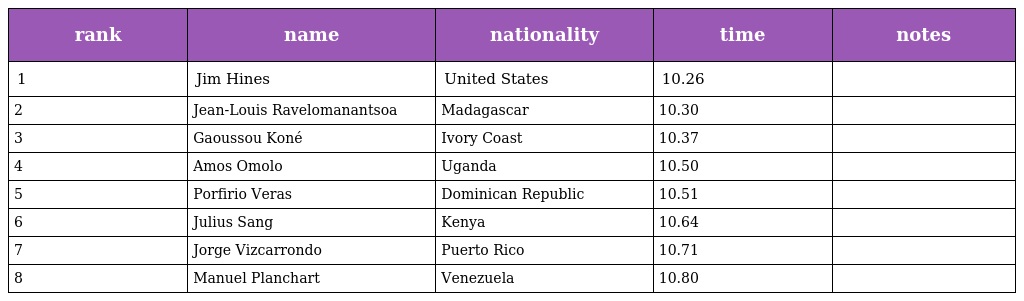
| rank | name | nationality | time | notes |
 | --- | --- | --- | --- | --- |
 | 1 | Jim Hines | United States | 10.26 |  |
 | 2 | Jean-Louis Ravelomanantsoa | Madagascar | 10.30 |  |
 | 3 | Gaoussou Koné | Ivory Coast | 10.37 |  |
 | 4 | Amos Omolo | Uganda | 10.50 |  |
 | 5 | Porfirio Veras | Dominican Republic | 10.51 |  |
 | 6 | Julius Sang | Kenya | 10.64 |  |
 | 7 | Jorge Vizcarrondo | Puerto Rico | 10.71 |  |
 | 8 | Manuel Planchart | Venezuela | 10.80 |  |